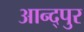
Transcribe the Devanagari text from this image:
आन्द्पुर